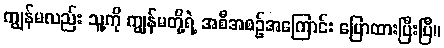
ကျွန်မလည်း သူ့ကို ကျွန်မတို့ရဲ့ အစီအစဉ်အကြောင်း ပြောထားပြီးပြီ။